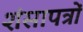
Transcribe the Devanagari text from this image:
शंसापत्रों